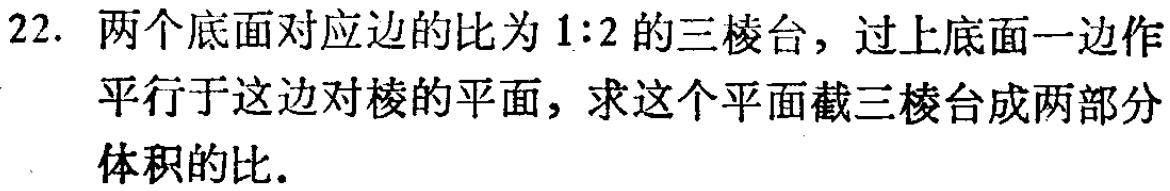
22. 两个底面对应边的比为\(1:2\)的三棱台，过上底面一边作平行于这边对棱的平面，求这个平面截三棱台成两部分体积的比.